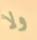
ولا